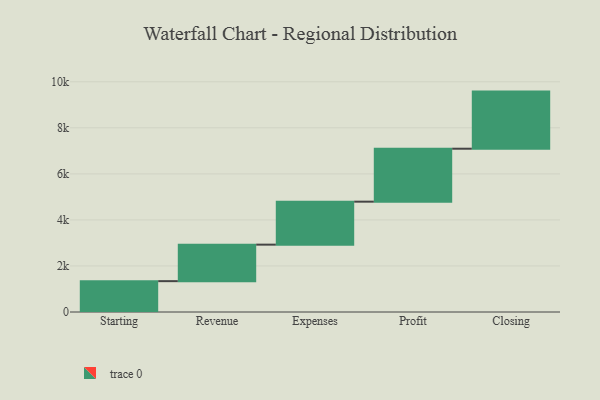
{"axis": {"x": "Step", "y": "Value"}, "legend": [""], "data": [{"x": "Starting", "y": 1340.0, "type": ""}, {"x": "Revenue", "y": 1586.0, "type": ""}, {"x": "Expenses", "y": 1867.0, "type": ""}, {"x": "Profit", "y": 2300.0, "type": ""}, {"x": "Closing", "y": 2481.0, "type": ""}]}